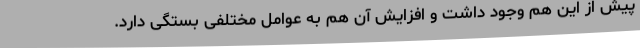
پیش از این هم وجود داشت و افزایش آن هم به عوامل مختلفی بستگی دارد.